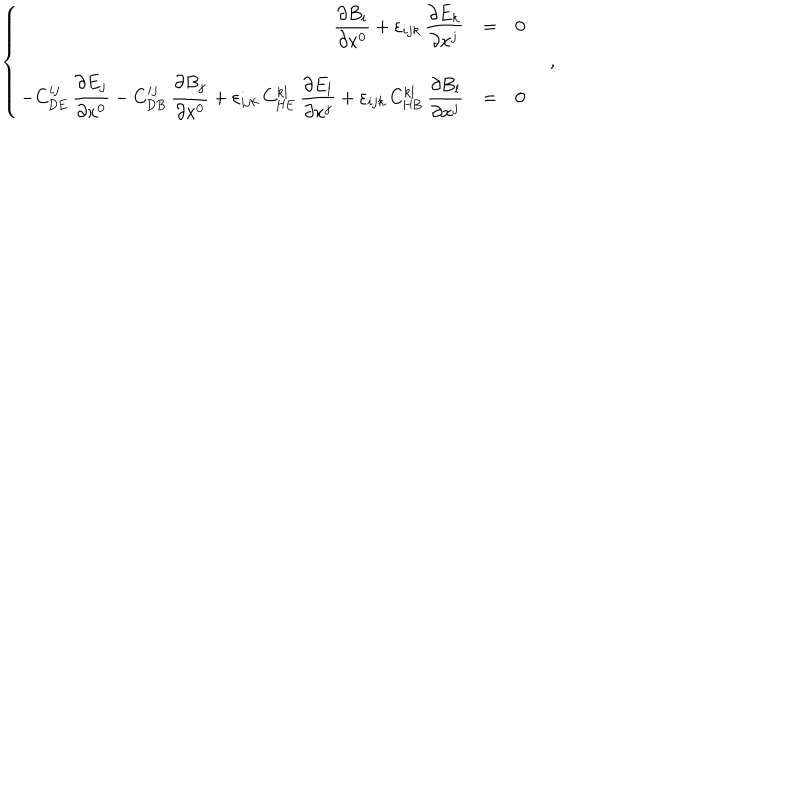
\left\{ \begin{array} { r c l } { { \displaystyle \frac { \partial B _ { i } } { \partial x ^ { 0 } } { } + { } \varepsilon _ { i j k } \, \displaystyle \frac { \partial E _ { k } } { \partial x ^ { j } } } } & { { = } } & { { 0 } } \\ { { - C _ { \mathrm { D E } } ^ { i j } \, \displaystyle \frac { \partial E _ { j } } { \partial x ^ { 0 } } { } - { } C _ { \mathrm { D B } } ^ { i j } \, \displaystyle \frac { \partial B _ { j } } { \partial x ^ { 0 } } { } + { } \varepsilon _ { i j k } \, C _ { \mathrm { H E } } ^ { k l } \, \displaystyle \frac { \partial E _ { l } } { \partial x ^ { j } } { } + { } \varepsilon _ { i j k } \, C _ { \mathrm { H B } } ^ { k l } \, \displaystyle \frac { \partial B _ { l } } { \partial x ^ { j } } } } & { { = } } & { { 0 } } \\ \end{array} \right. \quad ,